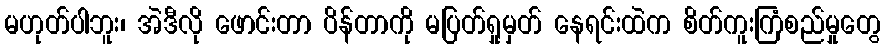
မဟုတ်ပါဘူး၊ အဲဒီလို ဖောင်းတာ ပိန်တာကို မပြတ်ရှုမှတ် နေရင်းထဲက စိတ်ကူးကြံစည်မှုတွေ